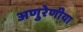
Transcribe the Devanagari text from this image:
अणुरेणीया